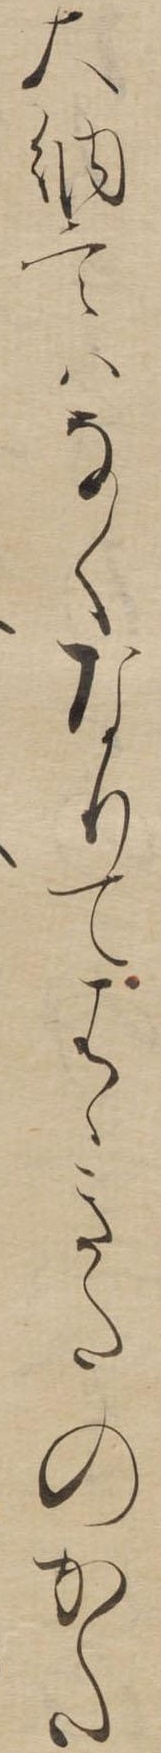
大納言はなくなりてはゝきたのかた